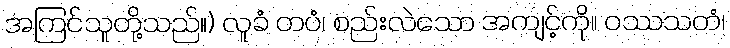
အကြင်သူတို့သည်။) လူခံ တပံ၊ စည်းလဲသော အကျင့်ကို။ ဝဿသတံ၊